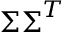
\boldsymbol { \Sigma } \boldsymbol { \Sigma } ^ { T }